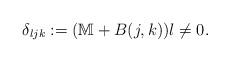
LaTeX: \begin{align*}\delta_{l j k}:=(\mathbb{M} +B(j, k)) l\neq 0. \end{align*}